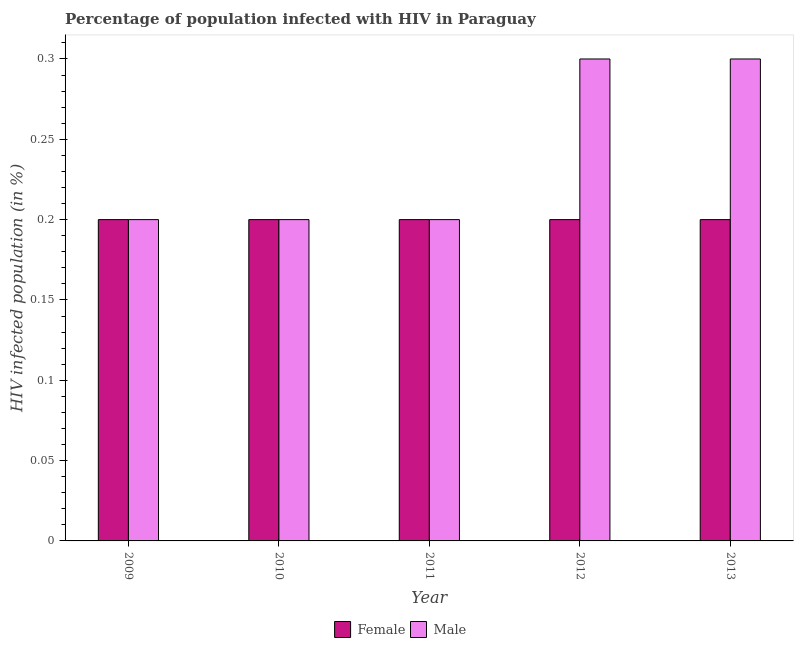
| Year | Female | Male |
 | --- | --- | --- |
 | 2009 | 0.2 | 0.2 |
 | 2010 | 0.2 | 0.2 |
 | 2011 | 0.2 | 0.2 |
 | 2012 | 0.2 | 0.3 |
 | 2013 | 0.2 | 0.3 |